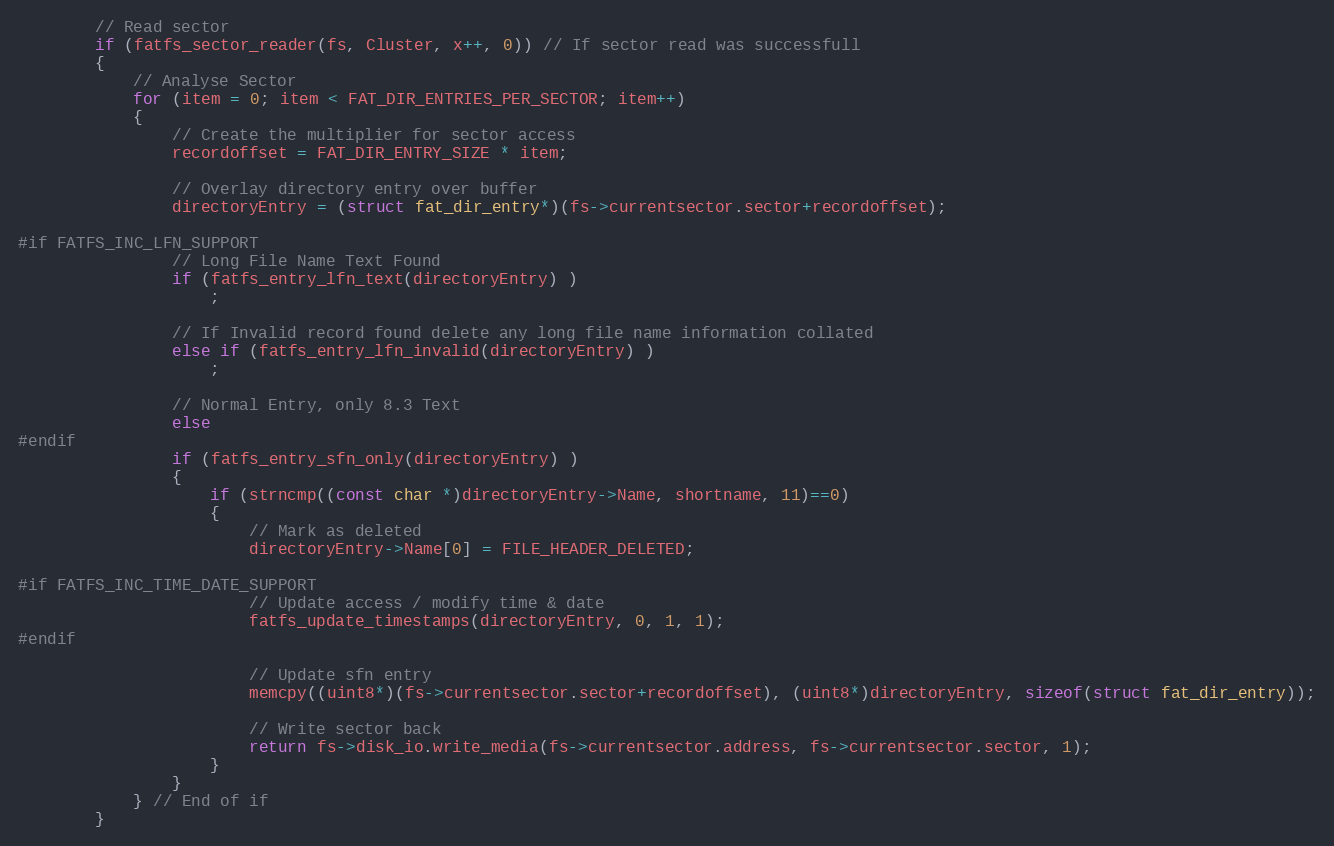
Language: C
        // Read sector
        if (fatfs_sector_reader(fs, Cluster, x++, 0)) // If sector read was successfull
        {
            // Analyse Sector
            for (item = 0; item < FAT_DIR_ENTRIES_PER_SECTOR; item++)
            {
                // Create the multiplier for sector access
                recordoffset = FAT_DIR_ENTRY_SIZE * item;

                // Overlay directory entry over buffer
                directoryEntry = (struct fat_dir_entry*)(fs->currentsector.sector+recordoffset);

#if FATFS_INC_LFN_SUPPORT
                // Long File Name Text Found
                if (fatfs_entry_lfn_text(directoryEntry) )
                    ;

                // If Invalid record found delete any long file name information collated
                else if (fatfs_entry_lfn_invalid(directoryEntry) )
                    ;

                // Normal Entry, only 8.3 Text
                else
#endif
                if (fatfs_entry_sfn_only(directoryEntry) )
                {
                    if (strncmp((const char *)directoryEntry->Name, shortname, 11)==0)
                    {
                        // Mark as deleted
                        directoryEntry->Name[0] = FILE_HEADER_DELETED;

#if FATFS_INC_TIME_DATE_SUPPORT
                        // Update access / modify time & date
                        fatfs_update_timestamps(directoryEntry, 0, 1, 1);
#endif

                        // Update sfn entry
                        memcpy((uint8*)(fs->currentsector.sector+recordoffset), (uint8*)directoryEntry, sizeof(struct fat_dir_entry));

                        // Write sector back
                        return fs->disk_io.write_media(fs->currentsector.address, fs->currentsector.sector, 1);
                    }
                }
            } // End of if
        }